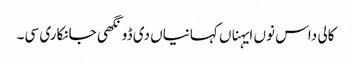
کالی داس نوں ایہناں کہانیاں دی ڈونگھی جانکاری سی۔